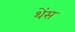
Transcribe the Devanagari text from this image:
थेंस